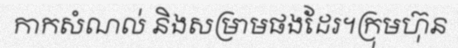
កាកសំណល់ និងសម្រាមផងដែរ។ក្រុមហ៊ុន